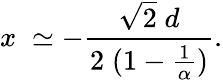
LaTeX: x\; \simeq-\frac{\sqrt{2}\; d}{2\; (1-\frac{1}{\alpha})}.